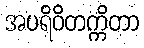
အပရိဝိတက္ကိတာ